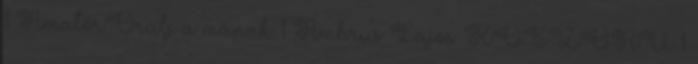
1 AmatőrÖrülj a mának 1 Ambrus Lajos: KOSZORÚ 1